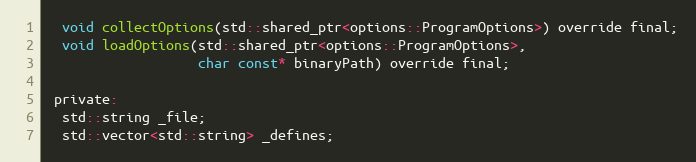
Language: C
  void collectOptions(std::shared_ptr<options::ProgramOptions>) override final;
  void loadOptions(std::shared_ptr<options::ProgramOptions>,
                   char const* binaryPath) override final;

 private:
  std::string _file;
  std::vector<std::string> _defines;